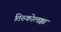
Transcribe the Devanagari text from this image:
तिरुकोलक्का